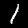
Label: 1